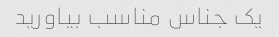
یک جناس مناسب بیاورید